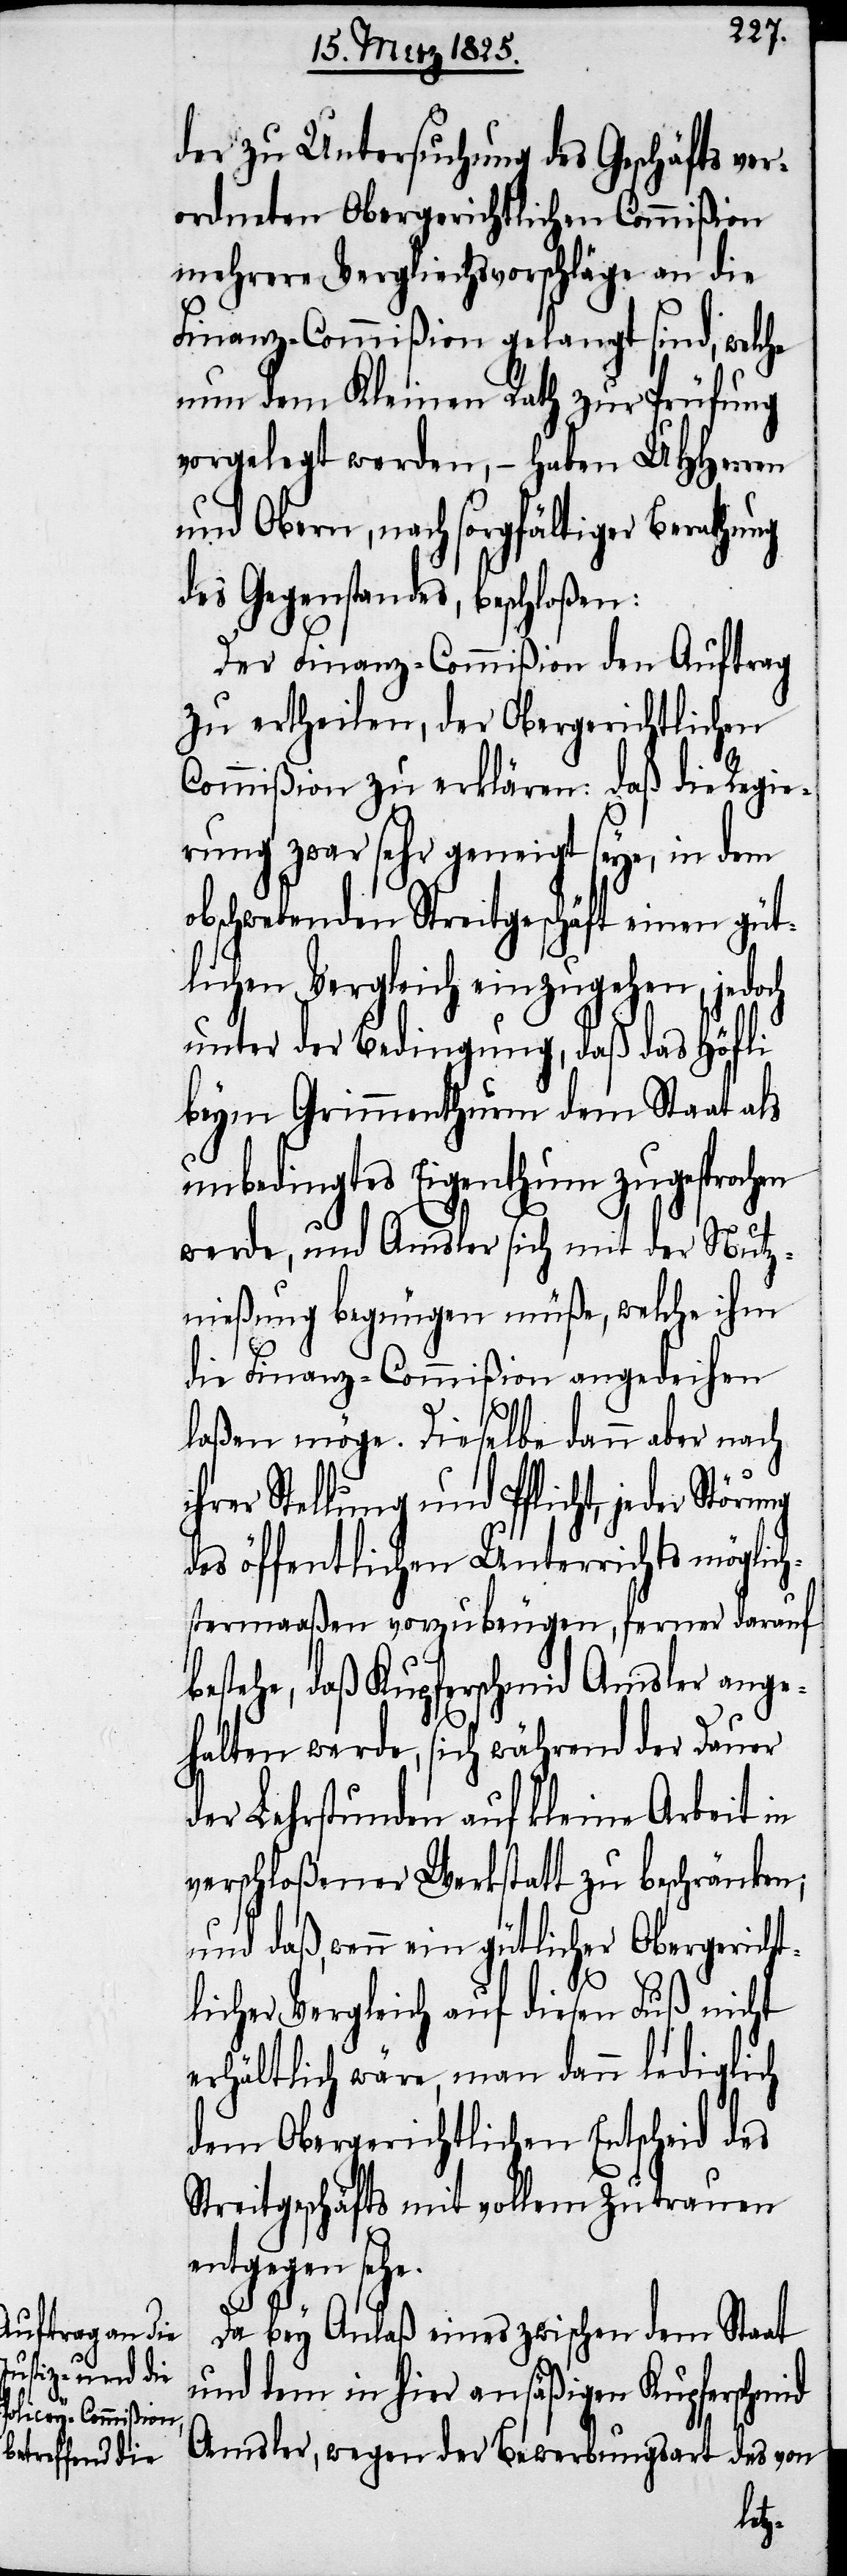
der zu Untersuchung des Geschäfts ver¬
ordneten Obergerichtlichen Commißion
mehrere Vergleichsvorschläge an die
Finanz-Commißion gelangt sind, welche
nun dem Kleinen Rath zur Prüfung
vorgelegt werden, − haben UHHerren
und Obern, nach sorgfältiger Berathung
des Gegenstandes, beschloßen:
Der Finanz-Commißion den Auftrag
zu ertheilen, der Obergerichtlichen
Commißion zu erklären: daß die Regie¬
rung zwar sehr geneigt seye, in dem
obschwebenden Streitgeschäft einen güt¬
lichen Vergleich einzugehen, jedoch
unter Bedingung, daß das Höfli
beym Grimmenthurm dem Staat als
unbedingtes Eigenthum zugesprochen
werde, und Amsler sich mit der Nutz¬
nießung begnügen müße, welche ihm
die Finanz-Commißion angedeihen
laßen möge. Dieselbe dann aber nach
hrer Stellung und Pflicht, jede
des öffentlichen Unterrichts möglich¬
stermaaßen vorzubeugen, ferner darauf
bestehe, daß Kupferschmid Amsler ange¬
halten werde, sich während der Dauer
der Lehrstunden auf kleine Arbeit in
verschloßener Werkstatt zu beschränken;
und daß, wenn ein gütlicher Obergericht¬
licher Vergleich auf diesen Fuß nicht
erhältlich wäre, man dann lediglich
dem Obergerichtlichen Entscheid des
Streitgeschäfts mit vollem Zutrauen
entgegen sehe.
Da bey Anlaß eines zwischen dem Staat
und dem in hier ansäßigen Kupferschmid
Amsler, wegen der Bewerbungsart des von
i¬